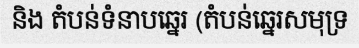
និង តំបន់ទំនាបឆ្នេរ (តំបន់ឆ្នេរសមុទ្រ